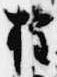
権